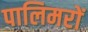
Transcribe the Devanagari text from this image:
पालिमरों